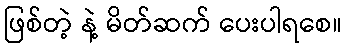
ဖြစ်တဲ့ နဲ့ မိတ်ဆက် ပေးပါရစေ။